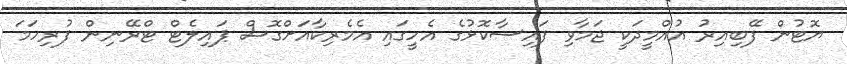
ޔޮޓުން ފޭބިއިރު އުއްމީދަކީ ޖަމާވި ފައިސާކޮޅުގެ އެހީގައި އެމެރިކާއަށްގޮސް ޕައިލެޓް ޓްރޭނިން ފުރިހަމަ